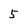
Character: 5